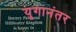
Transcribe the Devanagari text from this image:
युगानंतर